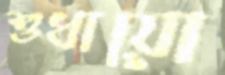
শুধায়ো